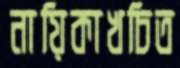
নায়িকাখচিত